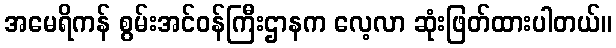
အမေရိကန် စွမ်းအင်ဝန်ကြီးဌာနက လေ့လာ ဆုံးဖြတ်ထားပါတယ်။